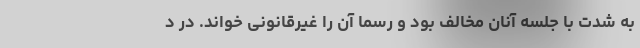
به شدت با جلسه آنان مخالف بود و رسماً آن را غیرقانونی خواند. در د